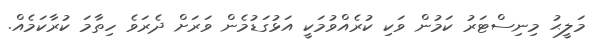
މަލީޙު މިނިސްޓަރު ކަމުން ވަކި ކުރެއްވުމަކީ އަޅުގަޑުމެން ވަރަށް ދެރަވެ ހިތާމަ ކުރާކަމެއް.